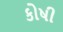
કોષી